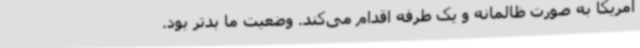
آمریکا به صورت ظالمانه و یک طرفه اقدام می‌کند. وضعیت ما بدتر بود.